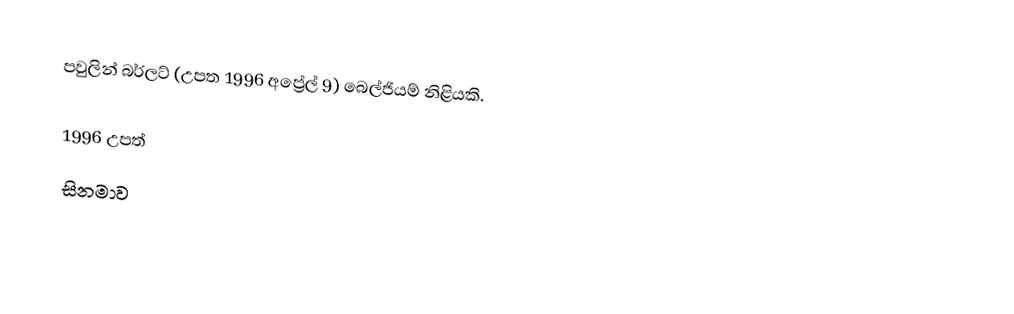
පවුලින් බර්ලට් (උපත 1996 අප්‍රේල් 9) බෙල්ජියම් නිළියකි.

1996 උපත්
සිනමාව